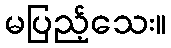
မပြည့်သေး။